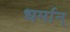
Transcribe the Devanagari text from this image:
धर्मान्